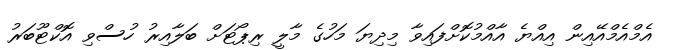
އެމްއެމްއޭއިން އިއްޔެ އާއްމުކޮށްފައިވާ މިދިޔަ މަހުގެ މާލީ ރިޕޯޓަށް ބަލާއިރު ހުސްވި އޮކްޓޫބަރު